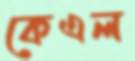
কেএল